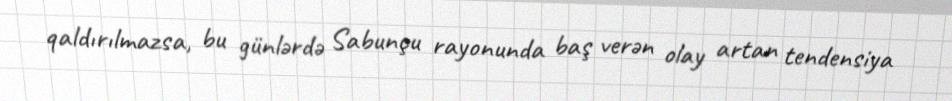
qaldırılmazsa, bu günlərdə Sabunçu rayonunda baş verən olay artan tendensiya